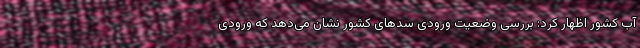
آب کشور اظهار کرد: بررسی وضعیت ورودی سدهای کشور نشان می‌دهد که ورودی